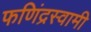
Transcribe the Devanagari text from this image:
फणिंद्रस्वामी